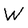
Character: W